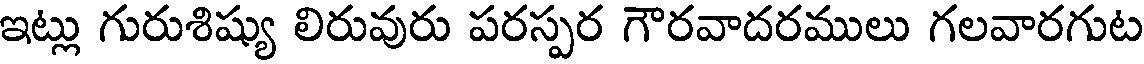
ఇట్లు గురుశిష్యు లిరువురు పరస్పర గౌరవాదరములు గలవారగుట